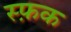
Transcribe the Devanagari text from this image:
स्फ़क